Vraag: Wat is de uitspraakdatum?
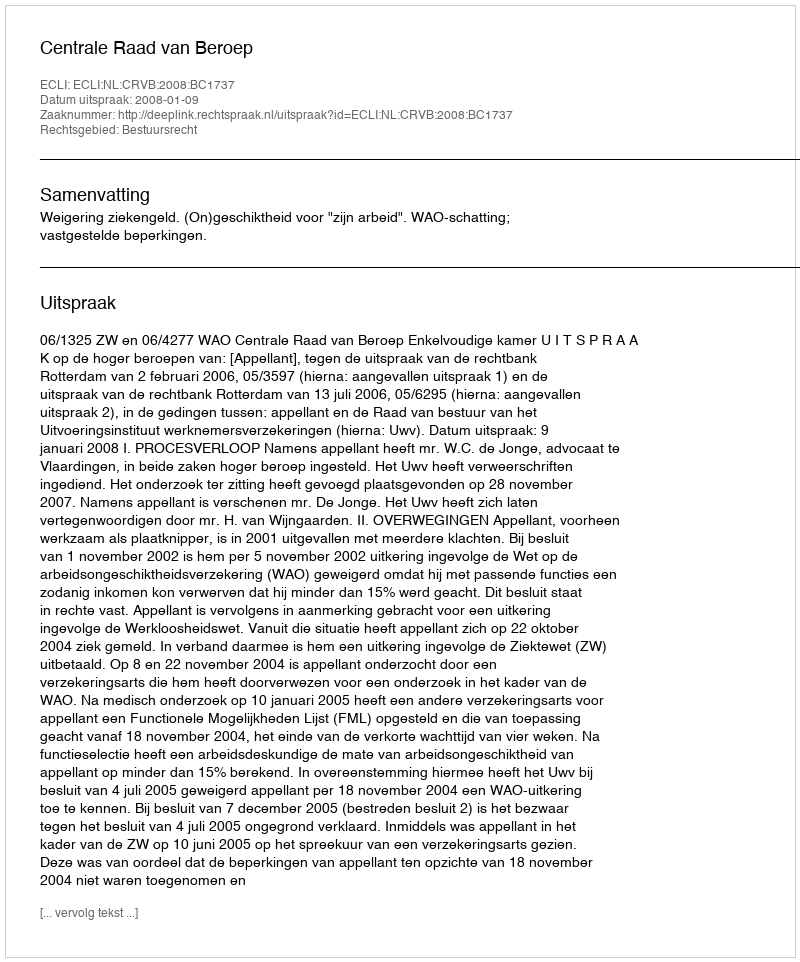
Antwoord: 2008-01-09